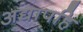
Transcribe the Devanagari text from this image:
अद्यापहि